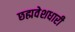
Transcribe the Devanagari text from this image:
छह्मवेशधारी